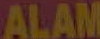
ALAM